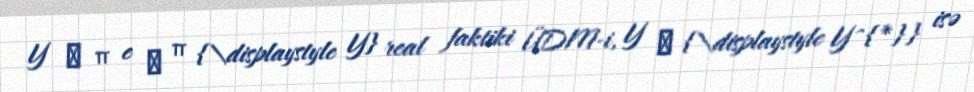
Y ∗ π e ϵ π {\displaystyle Y} real faktiki ÜDM-i, Y ∗ {\displaystyle Y^{*}} isə